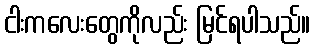
ငါးကလေးတွေကိုလည်း မြင်ရပါသည်။